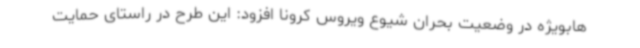
هابویژه در وضعیت بحران شیوع ویروس کرونا افزود: این طرح در راستای حمایت